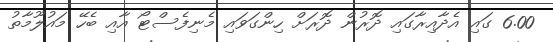
6.00 ގައި އެދާއިރާގައި ދޮރުން ދޮރަށް ހިންގަވައި މެނިފެސްޓޯ އާއި ބެހޭ މައުލޫމާތު